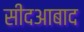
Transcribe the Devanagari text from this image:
सीदआबाद